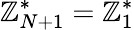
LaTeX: \mathbb{Z}_{N+1}^{*}=\mathbb{Z}_{1}^{*}